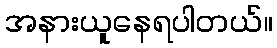
အနားယူနေရပါတယ်။